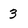
Character: 3